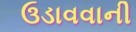
ઉડાવવાની